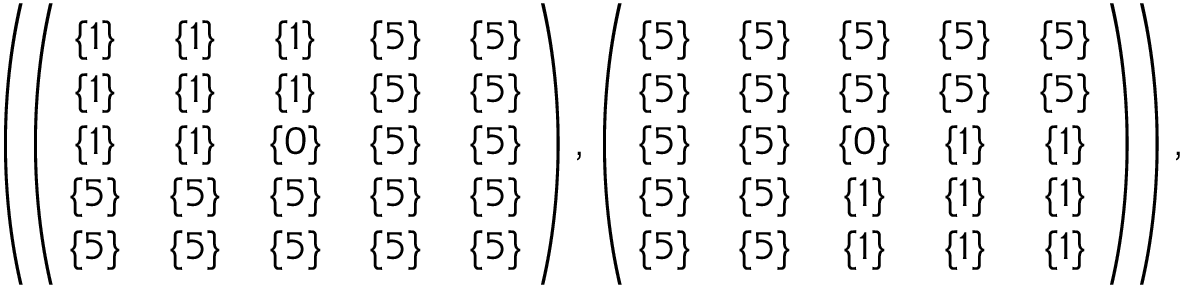
\begin{array} { r } { \small { \left( \! \left( \! \! \begin{array} { c c c c c } { \{ 1 \} } & { \{ 1 \} } & { \{ 1 \} } & { \{ 5 \} } & { \{ 5 \} } \\ { \{ 1 \} } & { \{ 1 \} } & { \{ 1 \} } & { \{ 5 \} } & { \{ 5 \} } \\ { \{ 1 \} } & { \{ 1 \} } & { \{ 0 \} } & { \{ 5 \} } & { \{ 5 \} } \\ { \{ 5 \} } & { \{ 5 \} } & { \{ 5 \} } & { \{ 5 \} } & { \{ 5 \} } \\ { \{ 5 \} } & { \{ 5 \} } & { \{ 5 \} } & { \{ 5 \} } & { \{ 5 \} } \end{array} \! \! \right) , \left( \! \! \begin{array} { c c c c c } { \{ 5 \} } & { \{ 5 \} } & { \{ 5 \} } & { \{ 5 \} } & { \{ 5 \} } \\ { \{ 5 \} } & { \{ 5 \} } & { \{ 5 \} } & { \{ 5 \} } & { \{ 5 \} } \\ { \{ 5 \} } & { \{ 5 \} } & { \{ 0 \} } & { \{ 1 \} } & { \{ 1 \} } \\ { \{ 5 \} } & { \{ 5 \} } & { \{ 1 \} } & { \{ 1 \} } & { \{ 1 \} } \\ { \{ 5 \} } & { \{ 5 \} } & { \{ 1 \} } & { \{ 1 \} } & { \{ 1 \} } \end{array} \! \! \right) \! \right) , } } \end{array}